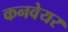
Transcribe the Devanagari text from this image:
कनवेयर